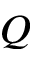
Q